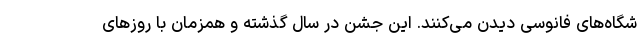
شگاه‌های فانوسی دیدن می‌کنند. این جشن در سال گذشته و همزمان با روزهای